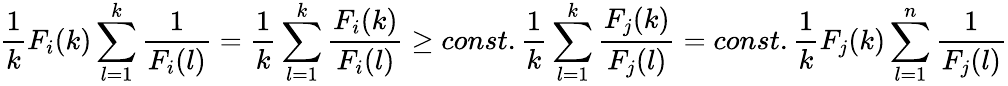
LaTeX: \frac{1}{k}F_{i}(k)\sum_{l=1}^{k}\frac{1}{F_{i}(l)}=\frac{1}{k}\sum_{l=1}^{k}\frac{F_{i}(k)}{F_{i}(l)}\ge const.\frac{1}{k}\sum_{l=1}^{k}\frac{F_{j}(k)}{F_{j}(l)}=const.\frac{1}{k}F_{j}(k)\sum_{l=1}^{n}\frac{1}{F_{j}(l)}